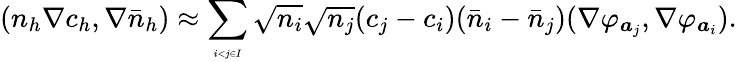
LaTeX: (n_{h}\nabla c_{h},\nabla\bar{n}_{h})\approx\displaystyle\sum_{\tiny\begin{array}{c}{i<j\in I}\end{array}}\sqrt{n_{i}}\sqrt{n_{j}}(c_{j}-c_{i})(\bar{n}_{i}-\bar{n}_{j})(\nabla\varphi_{{\boldsymbol a}_{j}},\nabla\varphi_{{\boldsymbol a}_{i}}).